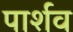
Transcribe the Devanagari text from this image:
पार्शव